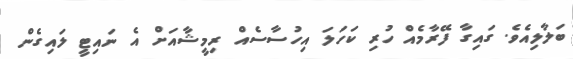
ބަލާލިއެވެ. ގައިގާ ފޭރާމެއް ހުރި ކަހަލަ އިހުސާސެއް ރިމީޝާއަށް އެ ނައިޓީ ލައިގެން